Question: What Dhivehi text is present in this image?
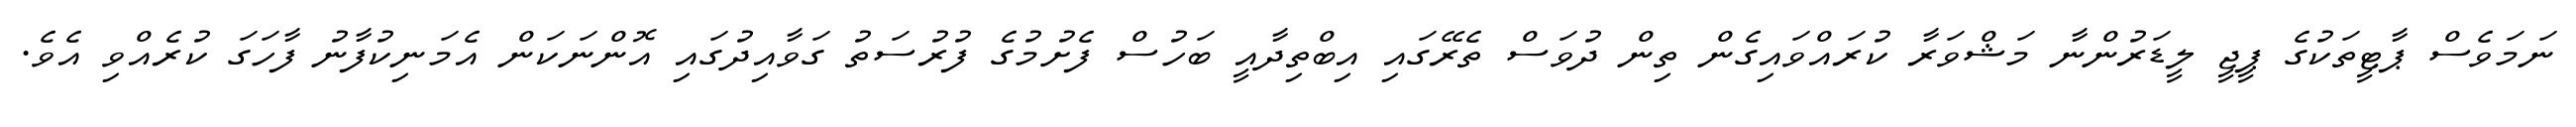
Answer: ނަމަވެސް ޕާޓީތަކުގެ ޕީޖީ ލީޑަރުންނާ މަޝްވަރާ ކުރައްވައިގެން ތިން ދުވަސް ތެރޭގައި އިބްތިދާއީ ބަހުސް ފެށުމުގެ ފުރުސަތު ގަވާއިދުގައި އޮންނަކަން އެމަނިކުފާނު ފާހަގަ ކުރެއްވި އެވެ.